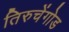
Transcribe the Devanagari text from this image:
तिरुचेंगोड